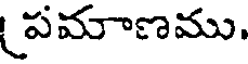
పమాణము.